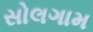
સોલગામ